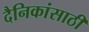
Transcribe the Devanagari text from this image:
दैनिकांसाठी